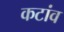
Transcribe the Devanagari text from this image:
कटांव